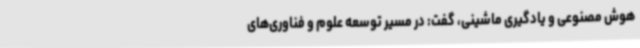
هوش مصنوعی و یادگیری ماشینی، گفت: در مسیر توسعه علوم و فناوری‌های